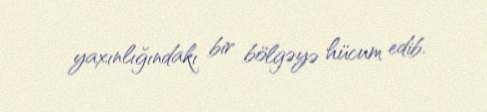
yaxınlığındakı bir bölgəyə hücum edib.